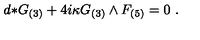
d { * } G _ { ( 3 ) } + 4 i \kappa G _ { ( 3 ) } \wedge F _ { ( 5 ) } = 0 \ .